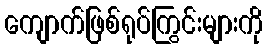
ကျောက်ဖြစ်ရုပ်ကြွင်းများကို